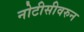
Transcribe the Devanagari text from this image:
नोटीसीवरुन